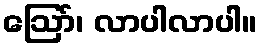
ဩော်၊ လာပါလာပါ။